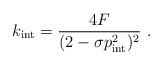
\begin{align*}k_{\rm int} = {4 F \over(2 -\sigma p_{\rm int}^2) ^2 }\ .\end{align*}